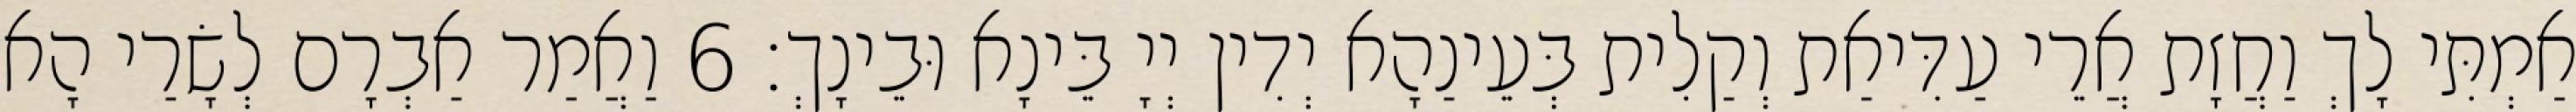
אַמְתִּי לָךְ וַחֲזָת אֲרֵי עַדִּיאַת וְקַלִית בְּעֵינַהָא יְדִין יְיָ בֵּינָא וּבֵינָךְ׃ 6 וַאֲמַר אַבְרָם לְשָׂרַי הָא